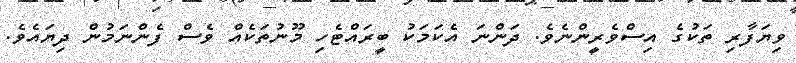
ވިޔަފާރި ތަކުގެ އިސްވެރީންނެވެ. ދަންނަ އެކަމަކު ބީރައްޓެހި މޫނުތަކެއް ވެސް ފެންނަމުން ދިޔައެވެ.